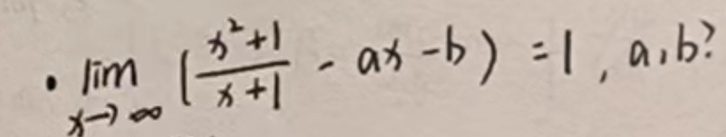
$\cdot \lim _ { x \rightarrow \infty } ( \frac { x ^ { 2 } + 1 } { x ^ { 3 } + 1 } - a x - b ) = 1, a, b?$